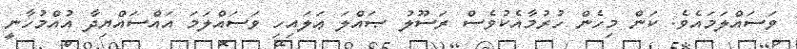
ވަސައްލަމައެވެ. ކަން މިހެން ހުރުމާއެކުވެސް ރަސޫލު ޞައްލަ ޢަލައިހި ވަސައްލަމަ އައްސައްޔިދާ އުއްމުހާނީ